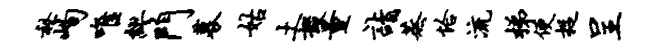
秘峋唯缪门募姑土掇量诣蒸恰流梯便捉呈